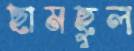
ছামছুল